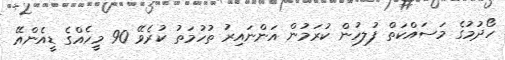
ހޯދުމުގެ މަސައްކަތް ފުލހުން ކުރަމުން އަންނައިރު ތުހުމަތު ކުރެވޭ 90 މީހެއްގެ ޑީއެންއޭ